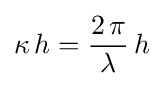
\kappa \,h={\frac {2\,\pi }{\lambda }}\,h